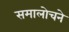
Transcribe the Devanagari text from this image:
समालोचने